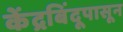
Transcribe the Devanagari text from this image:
केंद्रबिंदूपासून